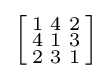
\left[{\begin{smallmatrix}1&4&2\\4&1&3\\2&3&1\end{smallmatrix}}\right]